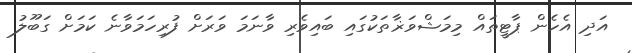
އަދި އެހެން ޕާޓީތައް މިމަޝްވަޜާތަކުގައި ބައިވެރި ވާނަމަ ވަރަށް ފުރިހަމަވާނެ ކަމަށް ގަބޫލު